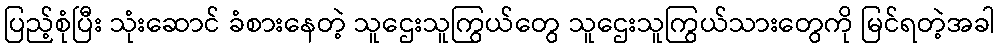
ပြည့်စုံပြီး သုံးဆောင် ခံစားနေတဲ့ သူဌေးသူကြွယ်တွေ သူဌေးသူကြွယ်သားတွေကို မြင်ရတဲ့အခါ